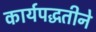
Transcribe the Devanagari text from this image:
कार्यपद्धतीने